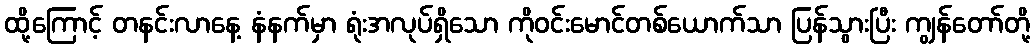
ထို့ကြောင့် တနင်းလာနေ့ နံနက်မှာ ရုံးအလုပ်ရှိသော ကိုဝင်းမောင်တစ်ယောက်သာ ပြန်သွားပြီး ကျွန်တော်တို့